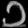
Digit: ၁